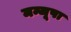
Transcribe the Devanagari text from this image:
मन्जूषा